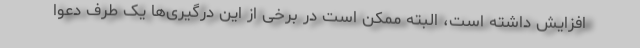
افزایش داشته است، البته ممکن است در برخی از این درگیری‌ها یک طرف دعوا